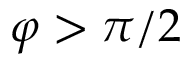
\varphi > \pi / 2